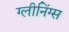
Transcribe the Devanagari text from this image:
ग्लीनिंग्स